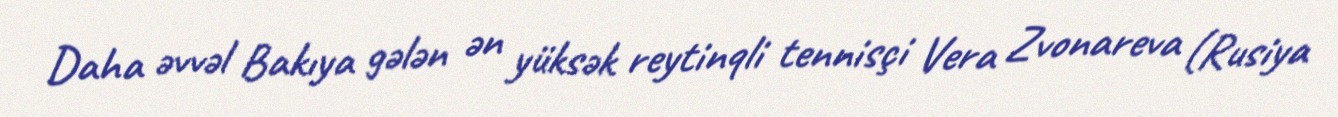
Daha əvvəl Bakıya gələn ən yüksək reytinqli tennisçi Vera Zvonareva (Rusiya